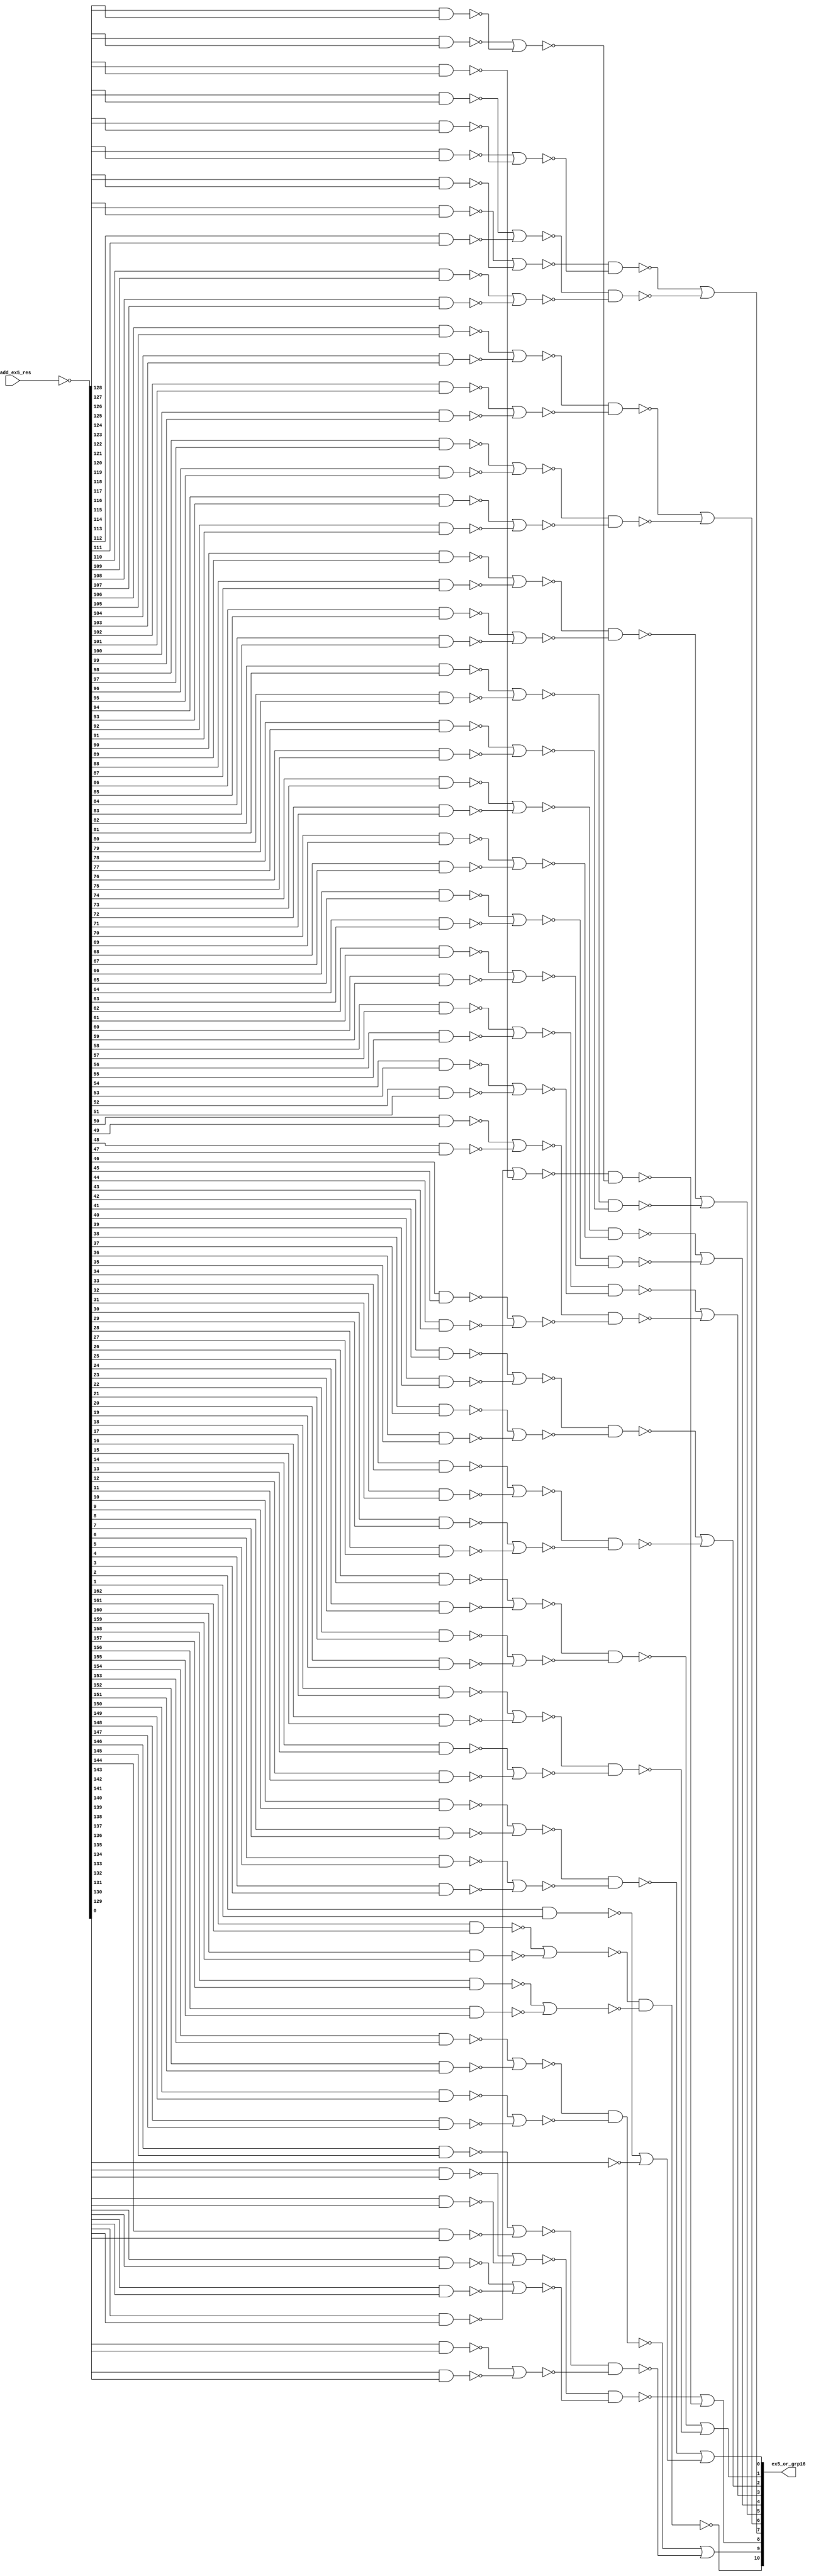
module fu_nrm_or16(
   f_add_ex5_res,
   ex5_or_grp16
);
   input [0:162] f_add_ex5_res;
   output [0:10] ex5_or_grp16;

   // ENTITY


   parameter     tiup = 1'b1;
   parameter     tidn = 1'b0;

   wire [0:162]  ex5_res_b;
   wire [0:3]    g00_or02;
   wire [0:7]    g01_or02;
   wire [0:7]    g02_or02;
   wire [0:7]    g03_or02;
   wire [0:7]    g04_or02;
   wire [0:7]    g05_or02;
   wire [0:7]    g06_or02;
   wire [0:7]    g07_or02;
   wire [0:7]    g08_or02;
   wire [0:7]    g09_or02;
   wire [0:5]    g10_or02;

   wire [0:1]    g00_or04_b;
   wire [0:3]    g01_or04_b;
   wire [0:3]    g02_or04_b;
   wire [0:3]    g03_or04_b;
   wire [0:3]    g04_or04_b;
   wire [0:3]    g05_or04_b;
   wire [0:3]    g06_or04_b;
   wire [0:3]    g07_or04_b;
   wire [0:3]    g08_or04_b;
   wire [0:3]    g09_or04_b;
   wire [0:2]    g10_or04_b;

   wire [0:0]    g00_or08;
   wire [0:1]    g01_or08;
   wire [0:1]    g02_or08;
   wire [0:1]    g03_or08;
   wire [0:1]    g04_or08;
   wire [0:1]    g05_or08;
   wire [0:1]    g06_or08;
   wire [0:1]    g07_or08;
   wire [0:1]    g08_or08;
   wire [0:1]    g09_or08;
   wire [0:1]    g10_or08;

   wire          g00_or16_b;
   wire          g01_or16_b;
   wire          g02_or16_b;
   wire          g03_or16_b;
   wire          g04_or16_b;
   wire          g05_or16_b;
   wire          g06_or16_b;
   wire          g07_or16_b;
   wire          g08_or16_b;
   wire          g09_or16_b;
   wire          g10_or16_b;

   //  ex5_or_grp16(0)  <=   0:  7
   //  ex5_or_grp16(1)  <=   8: 23
   //  ex5_or_grp16(2)  <=  24: 39
   //  ex5_or_grp16(3)  <=  40: 55
   //  ex5_or_grp16(4)  <=  56: 71
   //  ex5_or_grp16(5)  <=  72: 87
   //  ex5_or_grp16(6)  <=  88:103
   //  ex5_or_grp16(7)  <= 104:119
   //  ex5_or_grp16(8)  <= 120:135
   // ex5_or_grp16(9)  <= 136:151
   // ex5_or_grp16(10) <= 152:162

   //===============================================================--

   assign ex5_res_b[0:162] = (~f_add_ex5_res[0:162]);		// small

   //===============================================================--

   assign g00_or02[0] = (~(ex5_res_b[0] & ex5_res_b[1]));
   assign g00_or02[1] = (~(ex5_res_b[2] & ex5_res_b[3]));
   assign g00_or02[2] = (~(ex5_res_b[4] & ex5_res_b[5]));
   assign g00_or02[3] = (~(ex5_res_b[6] & ex5_res_b[7]));

   assign g01_or02[0] = (~(ex5_res_b[8] & ex5_res_b[9]));
   assign g01_or02[1] = (~(ex5_res_b[10] & ex5_res_b[11]));
   assign g01_or02[2] = (~(ex5_res_b[12] & ex5_res_b[13]));
   assign g01_or02[3] = (~(ex5_res_b[14] & ex5_res_b[15]));
   assign g01_or02[4] = (~(ex5_res_b[16] & ex5_res_b[17]));
   assign g01_or02[5] = (~(ex5_res_b[18] & ex5_res_b[19]));
   assign g01_or02[6] = (~(ex5_res_b[20] & ex5_res_b[21]));
   assign g01_or02[7] = (~(ex5_res_b[22] & ex5_res_b[23]));

   assign g02_or02[0] = (~(ex5_res_b[24] & ex5_res_b[25]));
   assign g02_or02[1] = (~(ex5_res_b[26] & ex5_res_b[27]));
   assign g02_or02[2] = (~(ex5_res_b[28] & ex5_res_b[29]));
   assign g02_or02[3] = (~(ex5_res_b[30] & ex5_res_b[31]));
   assign g02_or02[4] = (~(ex5_res_b[32] & ex5_res_b[33]));
   assign g02_or02[5] = (~(ex5_res_b[34] & ex5_res_b[35]));
   assign g02_or02[6] = (~(ex5_res_b[36] & ex5_res_b[37]));
   assign g02_or02[7] = (~(ex5_res_b[38] & ex5_res_b[39]));

   assign g03_or02[0] = (~(ex5_res_b[40] & ex5_res_b[41]));
   assign g03_or02[1] = (~(ex5_res_b[42] & ex5_res_b[43]));
   assign g03_or02[2] = (~(ex5_res_b[44] & ex5_res_b[45]));
   assign g03_or02[3] = (~(ex5_res_b[46] & ex5_res_b[47]));
   assign g03_or02[4] = (~(ex5_res_b[48] & ex5_res_b[49]));
   assign g03_or02[5] = (~(ex5_res_b[50] & ex5_res_b[51]));
   assign g03_or02[6] = (~(ex5_res_b[52] & ex5_res_b[53]));
   assign g03_or02[7] = (~(ex5_res_b[54] & ex5_res_b[55]));

   assign g04_or02[0] = (~(ex5_res_b[56] & ex5_res_b[57]));
   assign g04_or02[1] = (~(ex5_res_b[58] & ex5_res_b[59]));
   assign g04_or02[2] = (~(ex5_res_b[60] & ex5_res_b[61]));
   assign g04_or02[3] = (~(ex5_res_b[62] & ex5_res_b[63]));
   assign g04_or02[4] = (~(ex5_res_b[64] & ex5_res_b[65]));
   assign g04_or02[5] = (~(ex5_res_b[66] & ex5_res_b[67]));
   assign g04_or02[6] = (~(ex5_res_b[68] & ex5_res_b[69]));
   assign g04_or02[7] = (~(ex5_res_b[70] & ex5_res_b[71]));

   assign g05_or02[0] = (~(ex5_res_b[72] & ex5_res_b[73]));
   assign g05_or02[1] = (~(ex5_res_b[74] & ex5_res_b[75]));
   assign g05_or02[2] = (~(ex5_res_b[76] & ex5_res_b[77]));
   assign g05_or02[3] = (~(ex5_res_b[78] & ex5_res_b[79]));
   assign g05_or02[4] = (~(ex5_res_b[80] & ex5_res_b[81]));
   assign g05_or02[5] = (~(ex5_res_b[82] & ex5_res_b[83]));
   assign g05_or02[6] = (~(ex5_res_b[84] & ex5_res_b[85]));
   assign g05_or02[7] = (~(ex5_res_b[86] & ex5_res_b[87]));

   assign g06_or02[0] = (~(ex5_res_b[88] & ex5_res_b[89]));
   assign g06_or02[1] = (~(ex5_res_b[90] & ex5_res_b[91]));
   assign g06_or02[2] = (~(ex5_res_b[92] & ex5_res_b[93]));
   assign g06_or02[3] = (~(ex5_res_b[94] & ex5_res_b[95]));
   assign g06_or02[4] = (~(ex5_res_b[96] & ex5_res_b[97]));
   assign g06_or02[5] = (~(ex5_res_b[98] & ex5_res_b[99]));
   assign g06_or02[6] = (~(ex5_res_b[100] & ex5_res_b[101]));
   assign g06_or02[7] = (~(ex5_res_b[102] & ex5_res_b[103]));

   assign g07_or02[0] = (~(ex5_res_b[104] & ex5_res_b[105]));
   assign g07_or02[1] = (~(ex5_res_b[106] & ex5_res_b[107]));
   assign g07_or02[2] = (~(ex5_res_b[108] & ex5_res_b[109]));
   assign g07_or02[3] = (~(ex5_res_b[110] & ex5_res_b[111]));
   assign g07_or02[4] = (~(ex5_res_b[112] & ex5_res_b[113]));
   assign g07_or02[5] = (~(ex5_res_b[114] & ex5_res_b[115]));
   assign g07_or02[6] = (~(ex5_res_b[116] & ex5_res_b[117]));
   assign g07_or02[7] = (~(ex5_res_b[118] & ex5_res_b[119]));

   assign g08_or02[0] = (~(ex5_res_b[120] & ex5_res_b[121]));
   assign g08_or02[1] = (~(ex5_res_b[122] & ex5_res_b[123]));
   assign g08_or02[2] = (~(ex5_res_b[124] & ex5_res_b[125]));
   assign g08_or02[3] = (~(ex5_res_b[126] & ex5_res_b[127]));
   assign g08_or02[4] = (~(ex5_res_b[128] & ex5_res_b[129]));
   assign g08_or02[5] = (~(ex5_res_b[130] & ex5_res_b[131]));
   assign g08_or02[6] = (~(ex5_res_b[132] & ex5_res_b[133]));
   assign g08_or02[7] = (~(ex5_res_b[134] & ex5_res_b[135]));

   assign g09_or02[0] = (~(ex5_res_b[136] & ex5_res_b[137]));
   assign g09_or02[1] = (~(ex5_res_b[138] & ex5_res_b[139]));
   assign g09_or02[2] = (~(ex5_res_b[140] & ex5_res_b[141]));
   assign g09_or02[3] = (~(ex5_res_b[142] & ex5_res_b[143]));
   assign g09_or02[4] = (~(ex5_res_b[144] & ex5_res_b[145]));
   assign g09_or02[5] = (~(ex5_res_b[146] & ex5_res_b[147]));
   assign g09_or02[6] = (~(ex5_res_b[148] & ex5_res_b[149]));
   assign g09_or02[7] = (~(ex5_res_b[150] & ex5_res_b[151]));

   assign g10_or02[0] = (~(ex5_res_b[152] & ex5_res_b[153]));
   assign g10_or02[1] = (~(ex5_res_b[154] & ex5_res_b[155]));
   assign g10_or02[2] = (~(ex5_res_b[156] & ex5_res_b[157]));
   assign g10_or02[3] = (~(ex5_res_b[158] & ex5_res_b[159]));
   assign g10_or02[4] = (~(ex5_res_b[160] & ex5_res_b[161]));
   assign g10_or02[5] = (~(ex5_res_b[162]));

   //===============================================================--

   assign g00_or04_b[0] = (~(g00_or02[0] | g00_or02[1]));
   assign g00_or04_b[1] = (~(g00_or02[2] | g00_or02[3]));

   assign g01_or04_b[0] = (~(g01_or02[0] | g01_or02[1]));
   assign g01_or04_b[1] = (~(g01_or02[2] | g01_or02[3]));
   assign g01_or04_b[2] = (~(g01_or02[4] | g01_or02[5]));
   assign g01_or04_b[3] = (~(g01_or02[6] | g01_or02[7]));

   assign g02_or04_b[0] = (~(g02_or02[0] | g02_or02[1]));
   assign g02_or04_b[1] = (~(g02_or02[2] | g02_or02[3]));
   assign g02_or04_b[2] = (~(g02_or02[4] | g02_or02[5]));
   assign g02_or04_b[3] = (~(g02_or02[6] | g02_or02[7]));

   assign g03_or04_b[0] = (~(g03_or02[0] | g03_or02[1]));
   assign g03_or04_b[1] = (~(g03_or02[2] | g03_or02[3]));
   assign g03_or04_b[2] = (~(g03_or02[4] | g03_or02[5]));
   assign g03_or04_b[3] = (~(g03_or02[6] | g03_or02[7]));

   assign g04_or04_b[0] = (~(g04_or02[0] | g04_or02[1]));
   assign g04_or04_b[1] = (~(g04_or02[2] | g04_or02[3]));
   assign g04_or04_b[2] = (~(g04_or02[4] | g04_or02[5]));
   assign g04_or04_b[3] = (~(g04_or02[6] | g04_or02[7]));

   assign g05_or04_b[0] = (~(g05_or02[0] | g05_or02[1]));
   assign g05_or04_b[1] = (~(g05_or02[2] | g05_or02[3]));
   assign g05_or04_b[2] = (~(g05_or02[4] | g05_or02[5]));
   assign g05_or04_b[3] = (~(g05_or02[6] | g05_or02[7]));

   assign g06_or04_b[0] = (~(g06_or02[0] | g06_or02[1]));
   assign g06_or04_b[1] = (~(g06_or02[2] | g06_or02[3]));
   assign g06_or04_b[2] = (~(g06_or02[4] | g06_or02[5]));
   assign g06_or04_b[3] = (~(g06_or02[6] | g06_or02[7]));

   assign g07_or04_b[0] = (~(g07_or02[0] | g07_or02[1]));
   assign g07_or04_b[1] = (~(g07_or02[2] | g07_or02[3]));
   assign g07_or04_b[2] = (~(g07_or02[4] | g07_or02[5]));
   assign g07_or04_b[3] = (~(g07_or02[6] | g07_or02[7]));

   assign g08_or04_b[0] = (~(g08_or02[0] | g08_or02[1]));
   assign g08_or04_b[1] = (~(g08_or02[2] | g08_or02[3]));
   assign g08_or04_b[2] = (~(g08_or02[4] | g08_or02[5]));
   assign g08_or04_b[3] = (~(g08_or02[6] | g08_or02[7]));

   assign g09_or04_b[0] = (~(g09_or02[0] | g09_or02[1]));
   assign g09_or04_b[1] = (~(g09_or02[2] | g09_or02[3]));
   assign g09_or04_b[2] = (~(g09_or02[4] | g09_or02[5]));
   assign g09_or04_b[3] = (~(g09_or02[6] | g09_or02[7]));

   assign g10_or04_b[0] = (~(g10_or02[0] | g10_or02[1]));
   assign g10_or04_b[1] = (~(g10_or02[2] | g10_or02[3]));
   assign g10_or04_b[2] = (~(g10_or02[4] | g10_or02[5]));

   //===============================================================--

   assign g00_or08[0] = (~(g00_or04_b[0] & g00_or04_b[1]));

   assign g01_or08[0] = (~(g01_or04_b[0] & g01_or04_b[1]));
   assign g01_or08[1] = (~(g01_or04_b[2] & g01_or04_b[3]));

   assign g02_or08[0] = (~(g02_or04_b[0] & g02_or04_b[1]));
   assign g02_or08[1] = (~(g02_or04_b[2] & g02_or04_b[3]));

   assign g03_or08[0] = (~(g03_or04_b[0] & g03_or04_b[1]));
   assign g03_or08[1] = (~(g03_or04_b[2] & g03_or04_b[3]));

   assign g04_or08[0] = (~(g04_or04_b[0] & g04_or04_b[1]));
   assign g04_or08[1] = (~(g04_or04_b[2] & g04_or04_b[3]));

   assign g05_or08[0] = (~(g05_or04_b[0] & g05_or04_b[1]));
   assign g05_or08[1] = (~(g05_or04_b[2] & g05_or04_b[3]));

   assign g06_or08[0] = (~(g06_or04_b[0] & g06_or04_b[1]));
   assign g06_or08[1] = (~(g06_or04_b[2] & g06_or04_b[3]));

   assign g07_or08[0] = (~(g07_or04_b[0] & g07_or04_b[1]));
   assign g07_or08[1] = (~(g07_or04_b[2] & g07_or04_b[3]));

   assign g08_or08[0] = (~(g08_or04_b[0] & g08_or04_b[1]));
   assign g08_or08[1] = (~(g08_or04_b[2] & g08_or04_b[3]));

   assign g09_or08[0] = (~(g09_or04_b[0] & g09_or04_b[1]));
   assign g09_or08[1] = (~(g09_or04_b[2] & g09_or04_b[3]));

   assign g10_or08[0] = (~(g10_or04_b[0] & g10_or04_b[1]));
   assign g10_or08[1] = (~(g10_or04_b[2]));

   //===============================================================--

   assign g00_or16_b = (~(g00_or08[0]));
   assign g01_or16_b = (~(g01_or08[0] | g01_or08[1]));
   assign g02_or16_b = (~(g02_or08[0] | g02_or08[1]));
   assign g03_or16_b = (~(g03_or08[0] | g03_or08[1]));
   assign g04_or16_b = (~(g04_or08[0] | g04_or08[1]));
   assign g05_or16_b = (~(g05_or08[0] | g05_or08[1]));
   assign g06_or16_b = (~(g06_or08[0] | g06_or08[1]));
   assign g07_or16_b = (~(g07_or08[0] | g07_or08[1]));
   assign g08_or16_b = (~(g08_or08[0] | g08_or08[1]));
   assign g09_or16_b = (~(g09_or08[0] | g09_or08[1]));
   assign g10_or16_b = (~(g10_or08[0] | g10_or08[1]));

   //===============================================================--

   ///////////////////////////////////////////////////////////--

   assign ex5_or_grp16[0] = (~(g00_or16_b));		//output--
   assign ex5_or_grp16[1] = (~(g01_or16_b));		//output--
   assign ex5_or_grp16[2] = (~(g02_or16_b));		//output--
   assign ex5_or_grp16[3] = (~(g03_or16_b));		//output--
   assign ex5_or_grp16[4] = (~(g04_or16_b));		//output--
   assign ex5_or_grp16[5] = (~(g05_or16_b));		//output--
   assign ex5_or_grp16[6] = (~(g06_or16_b));		//output--
   assign ex5_or_grp16[7] = (~(g07_or16_b));		//output--
   assign ex5_or_grp16[8] = (~(g08_or16_b));		//output--
   assign ex5_or_grp16[9] = (~(g09_or16_b));		//output--
   assign ex5_or_grp16[10] = (~(g10_or16_b));		//output--

endmodule